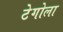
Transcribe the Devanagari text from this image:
टेगोला